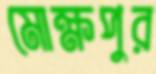
মোক্ষপুর